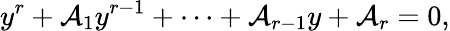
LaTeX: y^{r}+\mathcal{A}_{1}y^{r-1}+\cdots+\mathcal{A}_{r-1}y+\mathcal{A}_{r}=0,